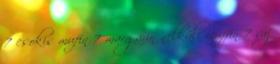
7 csokis mufin 7 margarin nélküli muffin 7 vaj